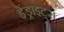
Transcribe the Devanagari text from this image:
डेंड्राइट्स